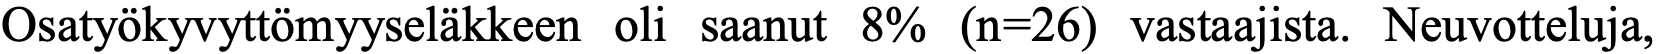
Osatyökyvyttömyyseläkkeen oli saanut 8% (n=26) vastaajista. Neuvotteluja,